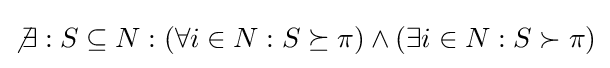
\not \exists :S\subseteq N:(\forall i\in N:S\succeq \pi )\land (\exists i\in N:S\succ \pi )